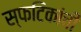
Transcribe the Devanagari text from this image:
स्फटिकांची